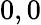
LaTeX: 0,0